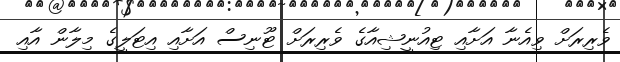
ވެރިރަށް ވިއެނާ އަށާއި ޓިއުނީޝިއާގެ ވެރިރަށް ޓޫނިސް އަށާއި އިޓަލީގެ މިލާން އާއި